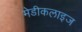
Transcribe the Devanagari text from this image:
मेडीकलाइज